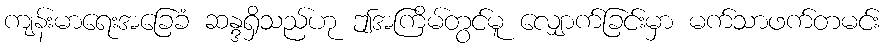
ကျန်းမာရေးအခြေခံ ဆန္ဒရှိသည်ဟု ဤအကြိမ်တွင်မူ လျှောက်ခြင်းမှာ မက်သာဖက်တမင်း